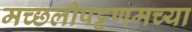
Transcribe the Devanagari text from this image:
मच्छलीपट्टणमच्या